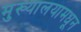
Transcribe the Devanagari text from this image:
मुख्यालयामधून